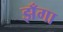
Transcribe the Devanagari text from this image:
झँगा